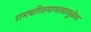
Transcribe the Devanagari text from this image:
रामचरितमानासामुळेच